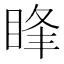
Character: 䀱